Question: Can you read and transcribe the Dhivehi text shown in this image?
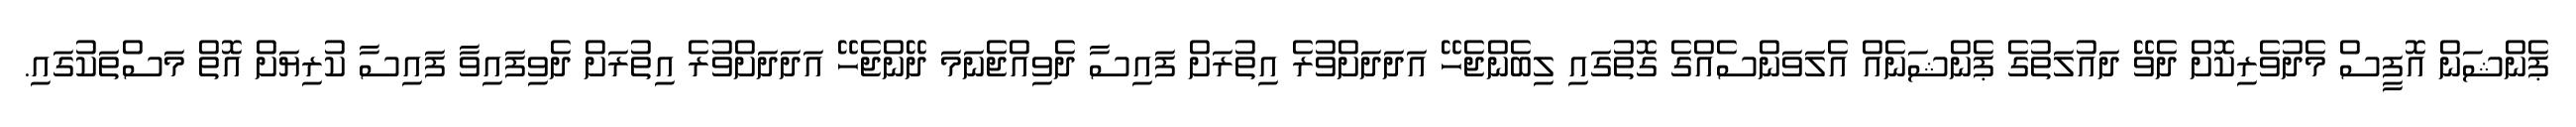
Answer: ޕެންޝަން އޮފީސް މެދުވެރިކޮށް ދެވޭ ދައުލަތުގެ ޕެންޝަނެއް އެލަވަންސެއްގެ ގޮތުގައި ލިބެންޖެހޭ އަދަދަށްވުރެ އިތުރަށް ފައިސާ ދެވިއްޖެނަމަ ދޭންޖެހޭ އަދަދަށްވުރެ އިތުރަށް ދެވިފައިވާ ފައިސާ ކުރިޔަށް އޮތް މަސްތަކުގައި.